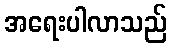
အရေးပါလာသည်